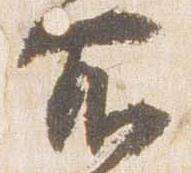
所